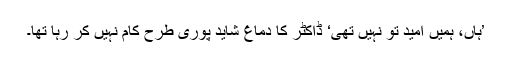
’ہاں، ہمیں امید تو نہیں تھی‘ ڈاکٹر کا دماغ شاید پوری طرح کام نہیں کر رہا تھا۔